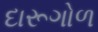
દારૂગોળ